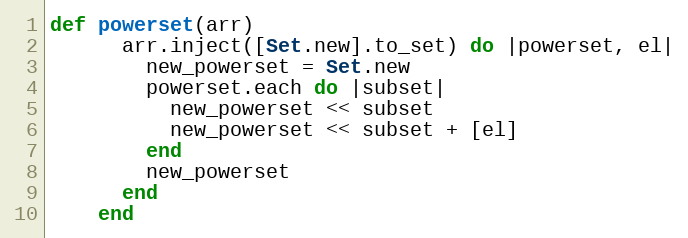
Language: Ruby
def powerset(arr)
      arr.inject([Set.new].to_set) do |powerset, el|
        new_powerset = Set.new
        powerset.each do |subset|
          new_powerset << subset
          new_powerset << subset + [el]
        end
        new_powerset
      end
    end